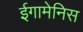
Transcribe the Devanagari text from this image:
ईगामेनिस